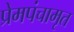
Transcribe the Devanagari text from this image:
प्रेमपंचामृत